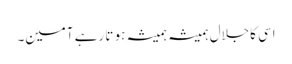
اسی کاجلال ہمیشہ ہمیشہ ہو تا رہے آمین۔